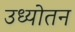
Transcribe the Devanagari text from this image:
उध्योतन